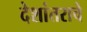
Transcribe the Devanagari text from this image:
देशांतराचे